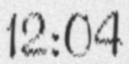
12:04